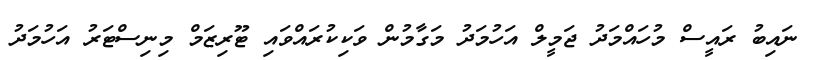
ނައިބު ރައީސް މުހައްމަދު ޖަމީލް އަހުމަދު މަގާމުން ވަކިކުރައްވައި ޓޫރިޒަމް މިނިސްޓަރު އަހުމަދު